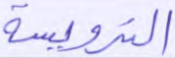
الترويسة